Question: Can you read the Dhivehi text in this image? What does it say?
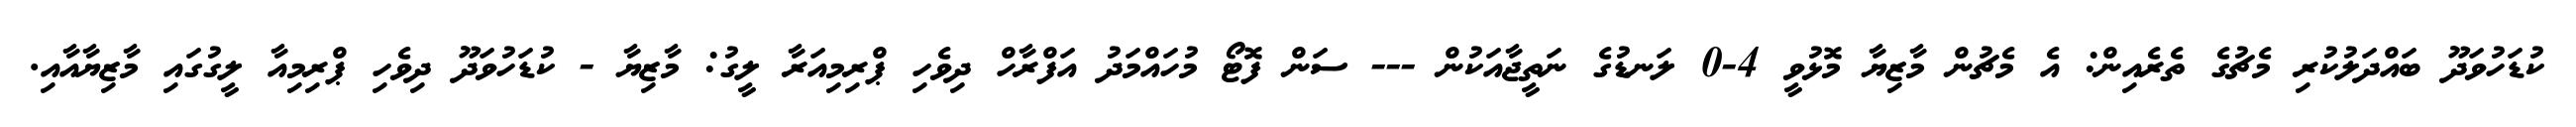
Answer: ކުޑަހުވަދޫ ބައްދަލުކުރި މެޗުގެ ތެރެއިން: އެ މެޗުން މާޒިޔާ މޮޅުވީ 4-0 ލަނޑުގެ ނަތީޖާއަކުން --- ސަން ފޮޓޯ މުހައްމަދު އަފްރާހް ދިވެހި ޕްރިމިއަރާ ލީގު: މާޒިޔާ - ކުޑަހުވަދޫ ދިވެހި ޕްރިމިއާ ލީގުގައި މާޒިޔާއާއި.